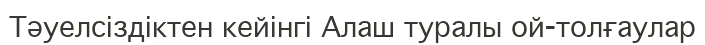
Тәуелсіздіктен кейінгі Алаш туралы ой-толғаулар